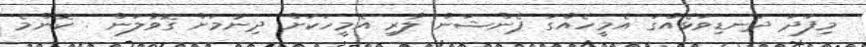
މިފަދަ ދަނޑިވަޅެއްގަ އެމީހެއްގަ ޕެންޝަން ލާރި އެމީހަކަށް ދިނުމަށް ގޮވާލަން . ކޮންމެ